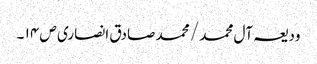
ودیعہ آل محمد / محمد صادق انصاری ص ۱۴ ۔